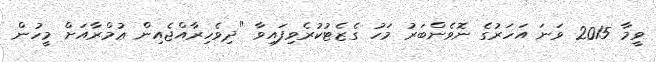
ވީމާ 2015 ވަނަ އަހަރުގެ ނޮވެންބަރުު މަހު ގެޒެޓުކުރެވިފައިވާ "ދިވެހިރާއްޖެއިން ޢުމްރާއަށް މީހުން